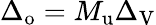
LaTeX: \Delta_{\mathrm{o}}=M_{\mathrm{u}}\Delta_{\mathrm{V}}